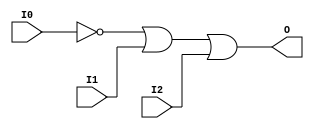
module OR3B1 (O, I0, I1, I2);

    output O;

    input  I0, I1, I2;

    wire i0_inv;

    not N0 (i0_inv, I0);
    or O1 (O, i0_inv, I1, I2);


endmodule